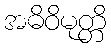
အဓိဝိမုတ္တိ